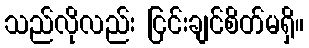
သည်လိုလည်း ငြင်းချင်စိတ်မရှိ။